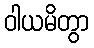
ဝါယမိတွာ